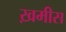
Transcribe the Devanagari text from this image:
ख़मीस